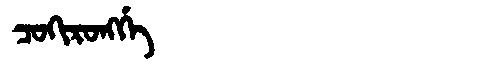
Manchu: ᠴᠣᡴᡳᡵᠣᠩᡤᡝ
Romanization: COKIRONGGE